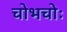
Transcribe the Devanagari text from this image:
चोभचोः